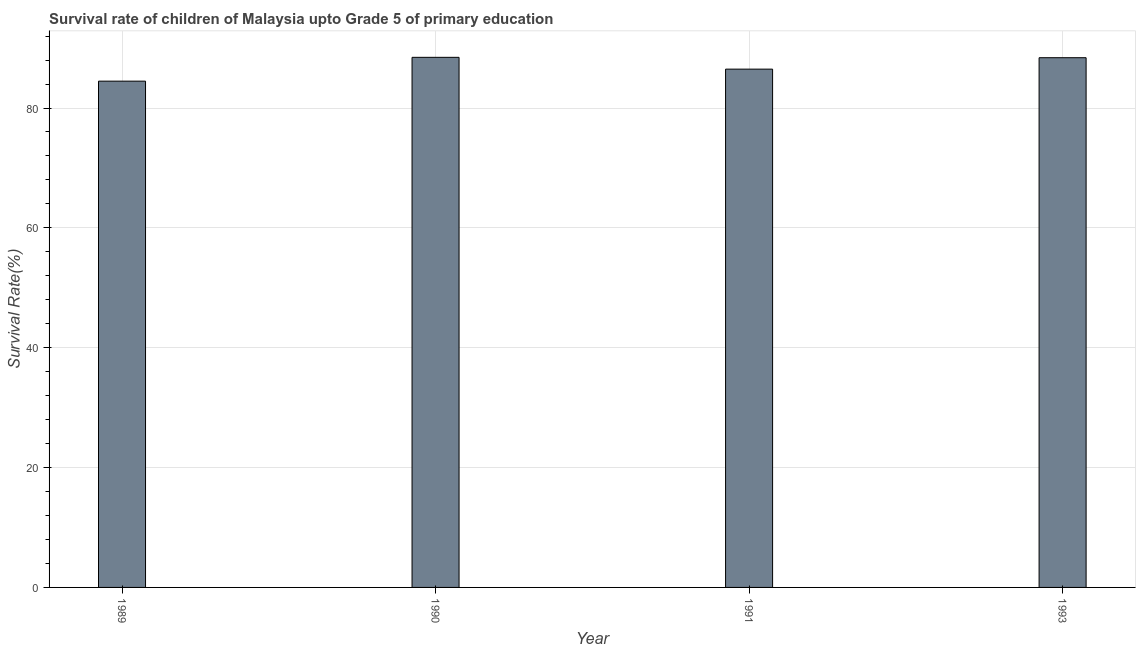
| Year | Survival rate |
 | --- | --- |
 | 1989 | 84.5 |
 | 1990 | 88.5 |
 | 1991 | 86.5 |
 | 1993 | 88.4 |